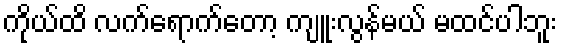
ကိုယ်ထိ လက်ရောက်တော့ ကျူးလွန်မယ် မထင်ပါဘူး